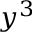
y ^ { 3 }